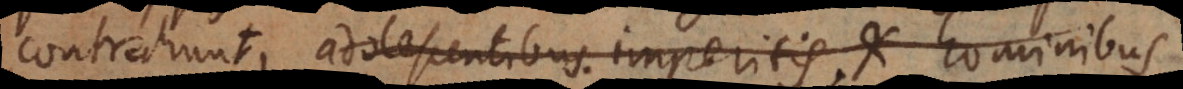
contrahunt, adolescentibus imperitis, et hominibus